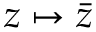
z \mapsto { \bar { z } }